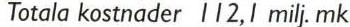
Totala kostnader 112,1 mil. mk